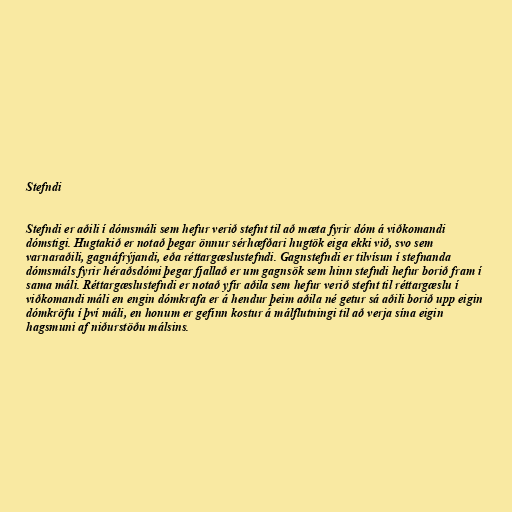
Stefndi

Stefndi er aðili í dómsmáli sem hefur verið stefnt til að mæta fyrir dóm á viðkomandi
dómstigi. Hugtakið er notað þegar önnur sérhæfðari hugtök eiga ekki við, svo sem
varnaraðili, gagnáfrýjandi, eða réttargæslustefndi. Gagnstefndi er tilvísun í stefnanda
dómsmáls fyrir héraðsdómi þegar fjallað er um gagnsök sem hinn stefndi hefur borið fram í
sama máli. Réttargæslustefndi er notað yfir aðila sem hefur verið stefnt til réttargæslu í
viðkomandi máli en engin dómkrafa er á hendur þeim aðila né getur sá aðili borið upp eigin
dómkröfu í því máli, en honum er gefinn kostur á málflutningi til að verja sína eigin
hagsmuni af niðurstöðu málsins.